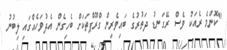
"ކޮންމެ ރެއަކު ވެސް ރޭގަނޑު ދަތުރުގެ ބައިވެރިން ގްރޫޕްތަކަށް ބެހިގެން އެދުވަހެއްގައި ލިބުނު